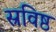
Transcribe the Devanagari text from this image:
स्रविष्ठ